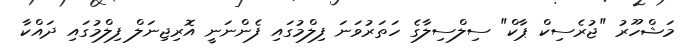
މަޝްހޫރު "ޖުރެސިކް ޕާކް" ސިލްސިލާގެ ހަތަރުވަނަ ފިލްމުގައި ފެންނަނީ އޮރިޖިނަލް ފިލްމުގައި ދައްކާ